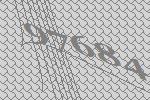
97684